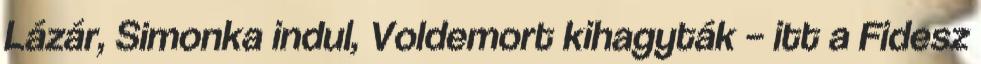
Lázár, Simonka indul, Voldemort kihagyták – itt a Fidesz